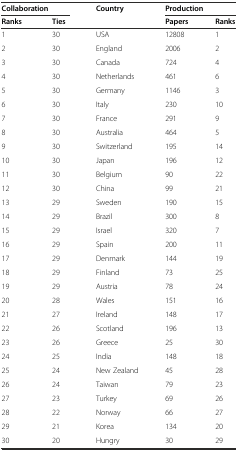
<table><thead><tr><td colspan="2"><b>Collaboration</b></td><td rowspan="2"><b>Country</b></td><td colspan="2"><b>Production</b></td></tr><tr><td><b>Ranks</b></td><td><b>Ties</b></td><td><b>Papers</b></td><td><b>Ranks</b></td></tr></thead><tbody><tr><td>1</td><td>30</td><td>USA</td><td>12808</td><td>1</td></tr><tr><td>2</td><td>30</td><td>England</td><td>2006</td><td>2</td></tr><tr><td>3</td><td>30</td><td>Canada</td><td>724</td><td>4</td></tr><tr><td>4</td><td>30</td><td>Netherlands</td><td>461</td><td>6</td></tr><tr><td>5</td><td>30</td><td>Germany</td><td>1146</td><td>3</td></tr><tr><td>6</td><td>30</td><td>Italy</td><td>230</td><td>10</td></tr><tr><td>7</td><td>30</td><td>France</td><td>291</td><td>9</td></tr><tr><td>8</td><td>30</td><td>Australia</td><td>464</td><td>5</td></tr><tr><td>9</td><td>30</td><td>Switzerland</td><td>195</td><td>14</td></tr><tr><td>10</td><td>30</td><td>Japan</td><td>196</td><td>12</td></tr><tr><td>11</td><td>30</td><td>Belgium</td><td>90</td><td>22</td></tr><tr><td>12</td><td>30</td><td>China</td><td>99</td><td>21</td></tr><tr><td>13</td><td>29</td><td>Sweden</td><td>190</td><td>15</td></tr><tr><td>14</td><td>29</td><td>Brazil</td><td>300</td><td>8</td></tr><tr><td>15</td><td>29</td><td>Israel</td><td>320</td><td>7</td></tr><tr><td>16</td><td>29</td><td>Spain</td><td>200</td><td>11</td></tr><tr><td>17</td><td>29</td><td>Denmark</td><td>144</td><td>19</td></tr><tr><td>18</td><td>29</td><td>Finland</td><td>73</td><td>25</td></tr><tr><td>19</td><td>29</td><td>Austria</td><td>78</td><td>24</td></tr><tr><td>20</td><td>28</td><td>Wales</td><td>151</td><td>16</td></tr><tr><td>21</td><td>27</td><td>Ireland</td><td>148</td><td>17</td></tr><tr><td>22</td><td>26</td><td>Scotland</td><td>196</td><td>13</td></tr><tr><td>23</td><td>26</td><td>Greece</td><td>25</td><td>30</td></tr><tr><td>24</td><td>25</td><td>India</td><td>148</td><td>18</td></tr><tr><td>25</td><td>24</td><td>New Zealand</td><td>45</td><td>28</td></tr><tr><td>26</td><td>24</td><td>Taiwan</td><td>79</td><td>23</td></tr><tr><td>27</td><td>23</td><td>Turkey</td><td>69</td><td>26</td></tr><tr><td>28</td><td>22</td><td>Norway</td><td>66</td><td>27</td></tr><tr><td>29</td><td>21</td><td>Korea</td><td>134</td><td>20</td></tr><tr><td>30</td><td>20</td><td>Hungry</td><td>30</td><td>29</td></tr></tbody></table>